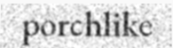
porchlike